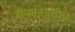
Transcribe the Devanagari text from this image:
सेवानिवृत्तीचे